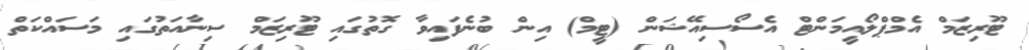
ޓޫރިޒަމް އެމްޕްލޯއީމަންޓް އެސޯސިއޭޝަން (ޓީމް) އިން ބުނެފައިވާ ގޮތުގައި ޓޫރިޒަމް ސިނާއަތުގައި މަސައްކަތް